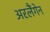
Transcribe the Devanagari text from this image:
अरलैंगेन